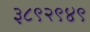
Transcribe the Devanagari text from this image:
३८९२९४९